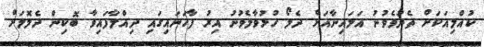
ކުއްލިއަކަށް ތެދުވެވުނު އަލައިނާއަށް ދެލޯ ހުޅުވާލެވުނު އިރު ފާހަނައިގައި ދިއްލާފައިވާ ބޮކިން ދެލޮލަށް